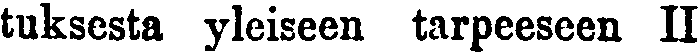
tuksesta yleiseen tarpeeseen II